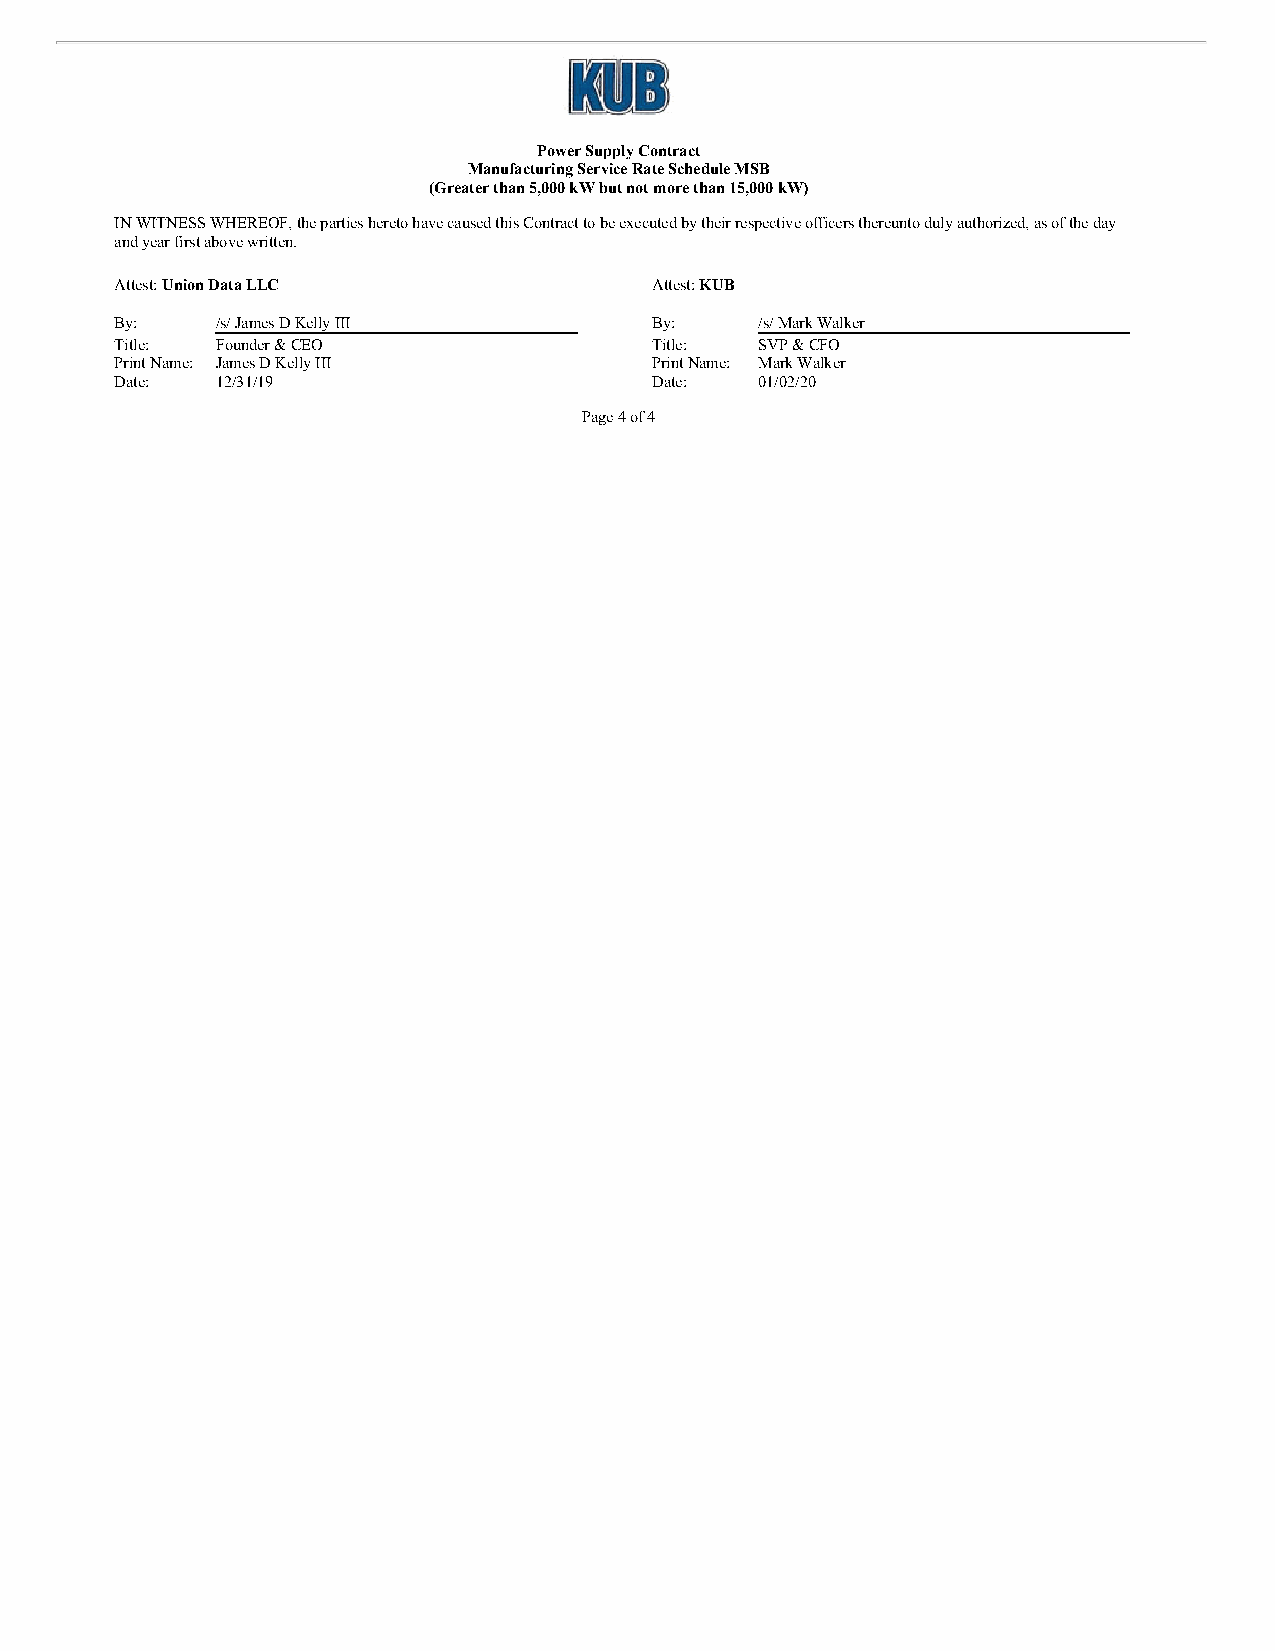
Power Supply Contract
 Manufacturing Service Rate Schedule MSB
 (Greater than 5,000 kW but not more than 15,000 kW)
 IN WITNESS WHEREOF, the parties hereto have caused this Contract to be executed by their respective officers thereunto duly authorized, as of the day
 and year first above written.
 Attest: Union Data LLC             Attest: KUB
 By:   /s/ James D Kelly III        By:    /s/ Mark Walker
 Title: Founder & CEO               Title: SVP & CFO
 Print Name: James D Kelly III      Print Name: Mark Walker
 Date: 12/31/19                     Date:  01/02/20
 Page 4 of 4